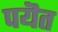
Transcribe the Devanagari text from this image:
पयॆत